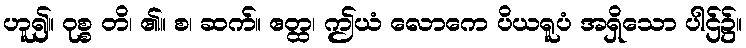
ဟူ၍။ ဝုစ္စ တိ၊ ၏။ စ၊ ဆက်။ ဧတ္ထ၊ ဤယံ လောကေ ပိယရူပံ အရှိသော ပါဌ်၌။